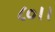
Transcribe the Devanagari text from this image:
८०।।